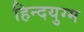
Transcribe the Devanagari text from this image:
हिन्दयुग्म